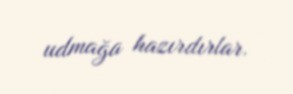
udmağa hazırdırlar.